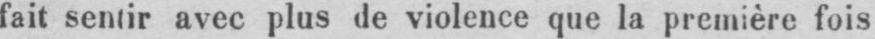
fait sentir avec plus de violence que la première fois